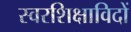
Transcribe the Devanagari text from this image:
स्वरशिक्षाविदों